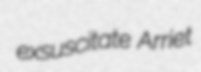
exsuscitate Arriet